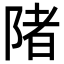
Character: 陼